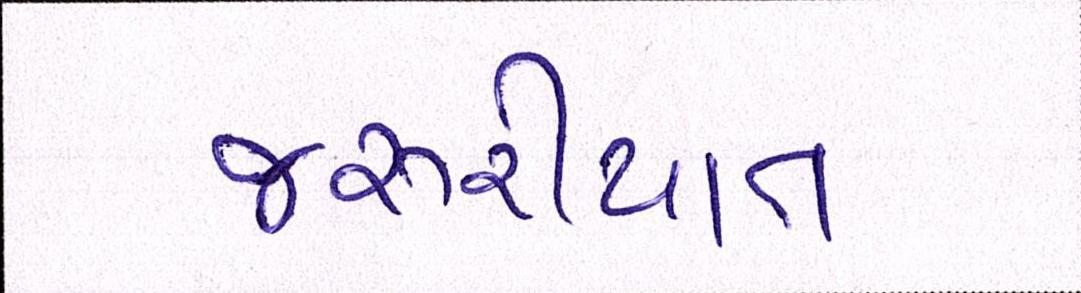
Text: જરૂરીયાત